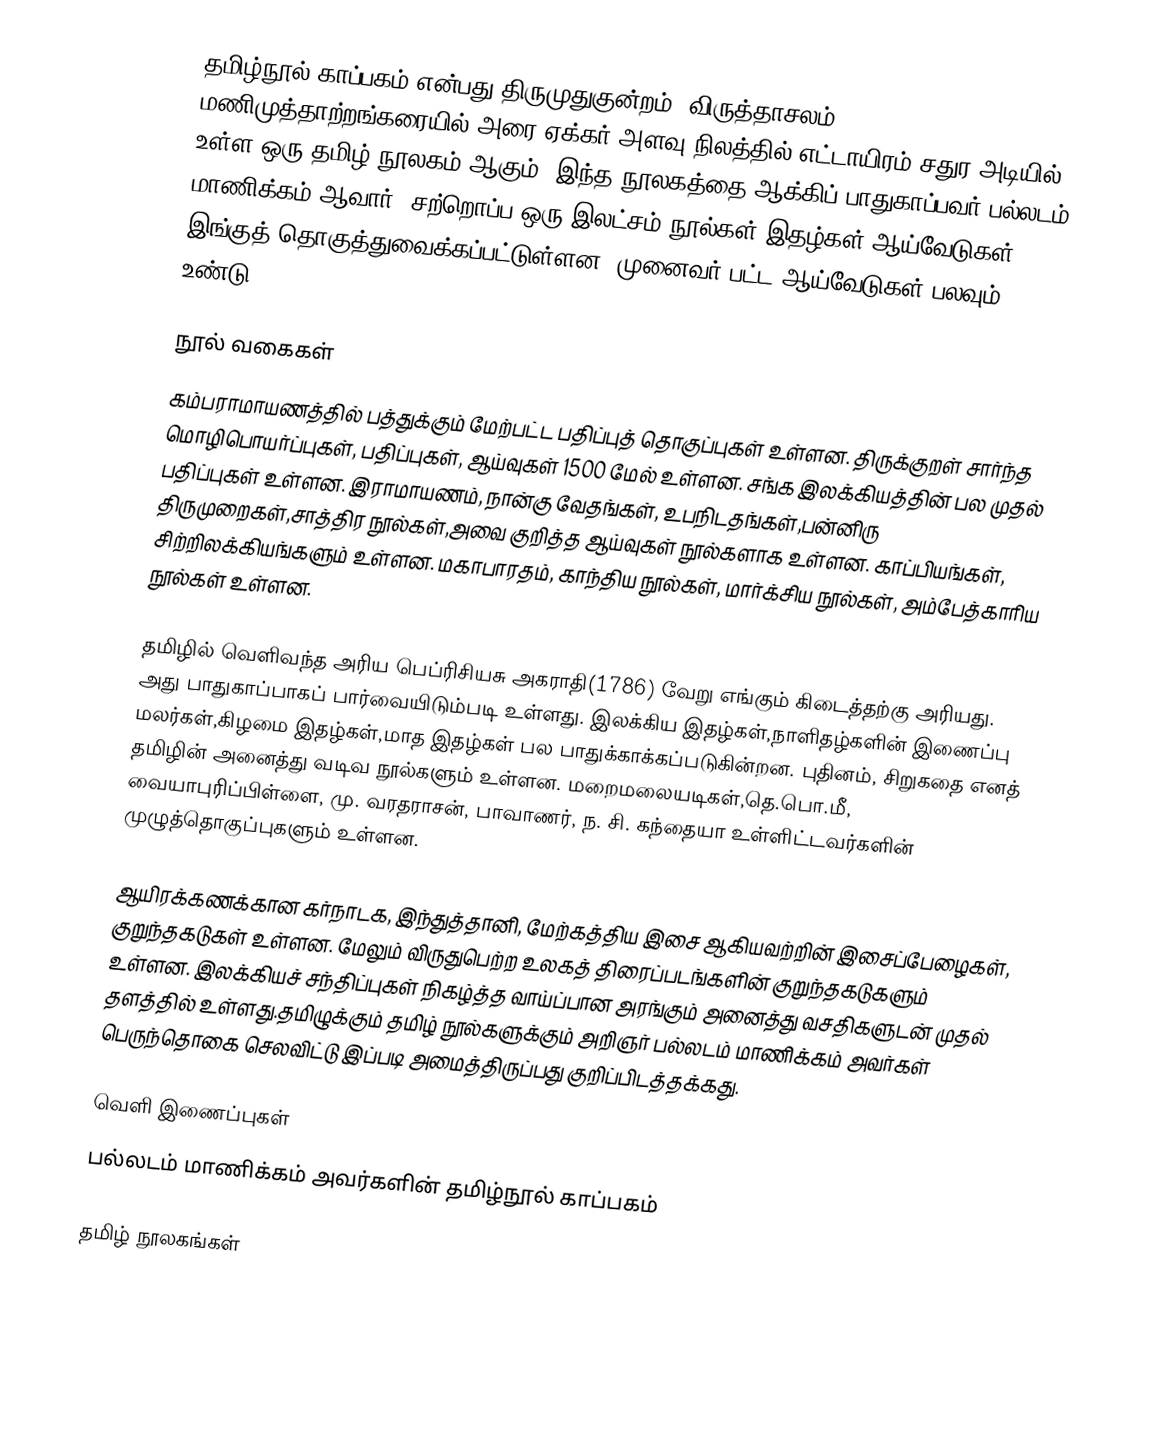
தமிழ்நூல் காப்பகம் என்பது திருமுதுகுன்றம் (விருத்தாசலம்) மணிமுத்தாற்றங்கரையில் அரை ஏக்கர் அளவு நிலத்தில் எட்டாயிரம் சதுர அடியில் உள்ள ஒரு தமிழ் நூலகம் ஆகும்.  இந்த நூலகத்தை ஆக்கிப் பாதுகாப்பவர் பல்லடம் மாணிக்கம் ஆவார்.  சற்றொப்ப ஒரு இலட்சம் நூல்கள்,இதழ்கள்,ஆய்வேடுகள் இங்குத் தொகுத்துவைக்கப்பட்டுள்ளன.  முனைவர் பட்ட ஆய்வேடுகள் பலவும் உண்டு.

நூல் வகைகள்
கம்பராமாயணத்தில் பத்துக்கும் மேற்பட்ட பதிப்புத் தொகுப்புகள் உள்ளன. திருக்குறள் சார்ந்த மொழிபொயர்ப்புகள், பதிப்புகள், ஆய்வுகள் 1500 மேல் உள்ளன. சங்க இலக்கியத்தின் பல முதல் பதிப்புகள் உள்ளன. இராமாயணம், நான்கு வேதங்கள், உபநிடதங்கள்,பன்னிரு திருமுறைகள்,சாத்திர நூல்கள்,அவை குறித்த ஆய்வுகள் நூல்களாக உள்ளன. காப்பியங்கள், சிற்றிலக்கியங்களும் உள்ளன. மகாபாரதம், காந்திய நூல்கள், மார்க்சிய நூல்கள், அம்பேத்காரிய நூல்கள் உள்ளன.

தமிழில் வெளிவந்த அரிய பெப்ரிசியசு அகராதி(1786) வேறு எங்கும் கிடைத்தற்கு அரியது. அது பாதுகாப்பாகப் பார்வையிடும்படி உள்ளது. இலக்கிய இதழ்கள்,நாளிதழ்களின் இணைப்பு மலர்கள்,கிழமை இதழ்கள்,மாத இதழ்கள் பல பாதுக்காக்கப்படுகின்றன. புதினம், சிறுகதை எனத் தமிழின் அனைத்து வடிவ நூல்களும் உள்ளன. மறைமலையடிகள்,தெ.பொ.மீ, வையாபுரிப்பிள்ளை, மு. வரதராசன், பாவாணர், ந. சி. கந்தையா உள்ளிட்டவர்களின் முழுத்தொகுப்புகளும் உள்ளன.

ஆயிரக்கணக்கான கர்நாடக, இந்துத்தானி, மேற்கத்திய இசை ஆகியவற்றின் இசைப்பேழைகள், குறுந்தகடுகள் உள்ளன. மேலும் விருதுபெற்ற உலகத் திரைப்படங்களின் குறுந்தகடுகளும் உள்ளன. இலக்கியச் சந்திப்புகள் நிகழ்த்த வாய்ப்பான அரங்கும் அனைத்து வசதிகளுடன் முதல் தளத்தில் உள்ளது.தமிழுக்கும் தமிழ் நூல்களுக்கும் அறிஞர் பல்லடம் மாணிக்கம் அவர்கள் பெருந்தொகை செலவிட்டு இப்படி அமைத்திருப்பது குறிப்பிடத்தக்கது.

வெளி இணைப்புகள்
 பல்லடம் மாணிக்கம் அவர்களின் தமிழ்நூல் காப்பகம்

தமிழ் நூலகங்கள்